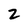
Character: 2